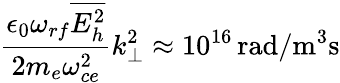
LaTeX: \frac{\epsilon_{0}\omega_{rf}\overline{{E_{h}^{2}}}}{2m_{e}\omega_{ce}^{2}}k_{\perp}^{2}\approx 10^{16}\, \mathrm{rad/m^{3}s}